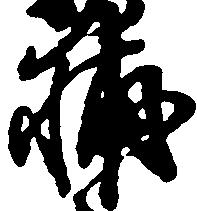
輔